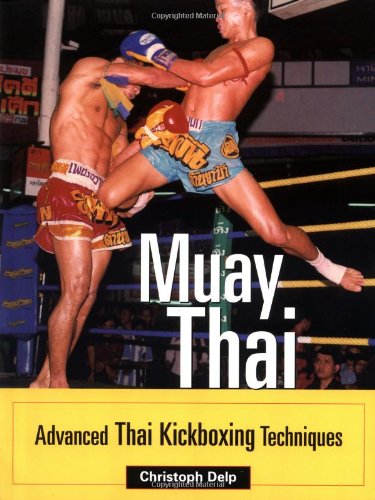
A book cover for Muay Thai: Advanced Thai Kickboxing Techniques; Christoph Delp; Sports & Outdoors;